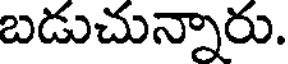
బడుచున్నారు.